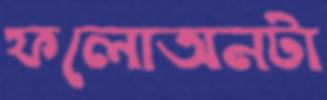
ফলোঅনটা